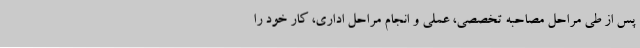
پس از طی مراحل مصاحبه تخصصی، عملی و انجام مراحل اداری، کار خود را